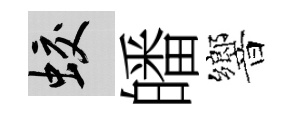
蛟皤響